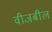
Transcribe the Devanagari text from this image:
वीजबील